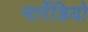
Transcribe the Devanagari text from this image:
नार्रेडियो